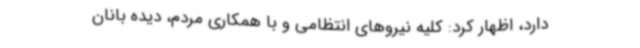
دارد، اظهار کرد: کلیه نیروهای انتظامی و با همکاری مردم، دیده بانان